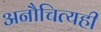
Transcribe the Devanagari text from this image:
अनौचित्यही